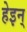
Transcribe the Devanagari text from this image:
हेइन्